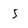
Character: 5